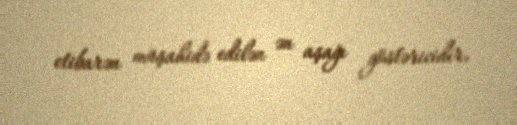
etibarən müşahidə edilən ən aşağı göstəricidir.